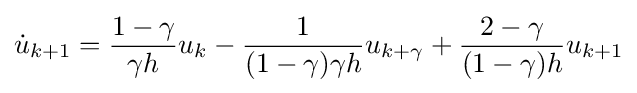
{\dot {u}}_{k+1}={\frac {1-\gamma }{\gamma h}}u_{k}-{\frac {1}{(1-\gamma )\gamma h}}u_{k+\gamma }+{\frac {2-\gamma }{(1-\gamma )h}}u_{k+1}